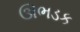
ઊભડક